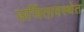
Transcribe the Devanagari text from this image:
उर्जितावस्थेत